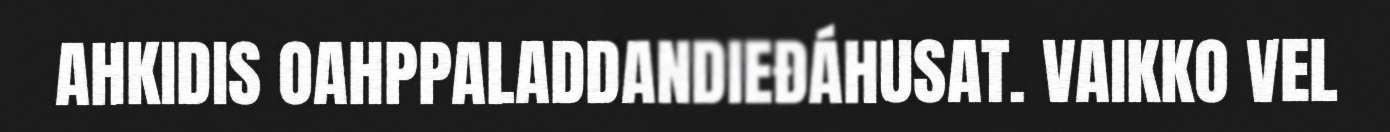
AHKIDIS OAHPPALADDANDIEĐÁHUSAT. VAIKKO VEL